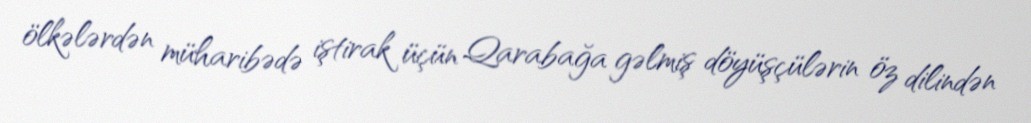
ölkələrdən müharibədə iştirak üçün Qarabağa gəlmiş döyüşçülərin öz dilindən